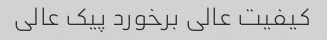
کیفیت عالی برخورد پیک عالی